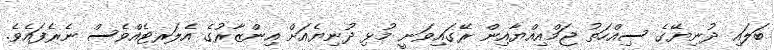
ބަލައި ދުނިޔޭގެ ސިއްހަތު ޖަމްއިއްޔާއިން ރޭގައިވަނީ މުޅި ދުނިޔެއަށް އިންޒާރުގެ އެލަރޓެއްވެސް ނެރެފައެވެ.